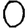
Digit: 0